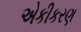
એકીકરણ